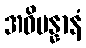
အဓိပန္နာနံ